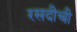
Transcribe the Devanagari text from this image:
रसदीची